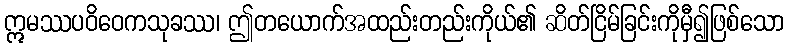
ဣမဿပဝိဝေကသုခဿ၊ ဤတယောက်အထည်းတည်းကိုယ်၏ ဆိတ်ငြိမ်ခြင်းကိုမှီ၍ဖြစ်သော